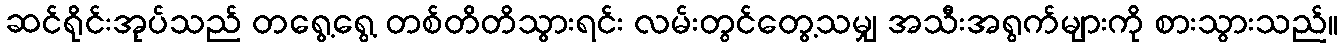
ဆင်ရိုင်းအုပ်သည် တရွေ့ရွေ့ တစ်တိတိသွားရင်း လမ်းတွင်တွေ့သမျှ အသီးအရွက်များကို စားသွားသည်။